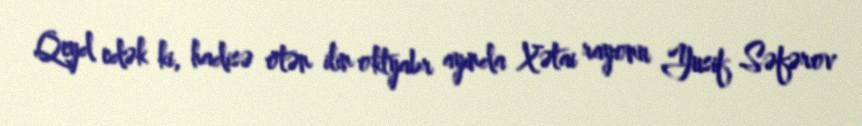
Qeyd edək ki, hadisə ötən ilin oktyabr ayında Xətai rayonu Yusif Səfərov